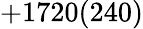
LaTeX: +1720(240)